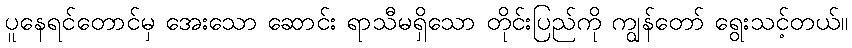
ပူနေရင်တောင်မှ အေးသော ဆောင်း ရာသီမရှိသော တိုင်းပြည်ကို ကျွန်တော် ရွေးသင့်တယ်။